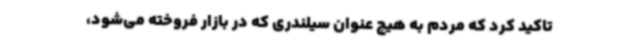
تاکید کرد که مردم به هیچ عنوان سیلندری که در بازار فروخته می‌شود،